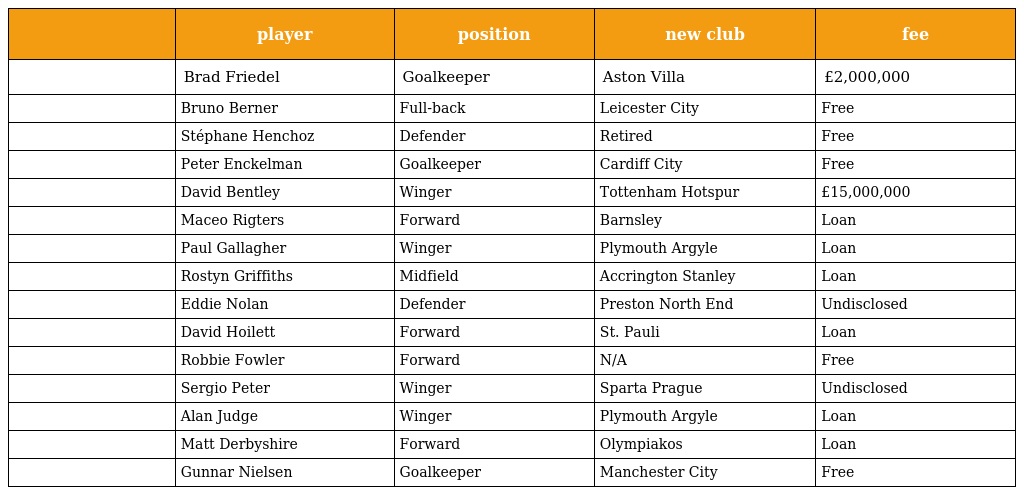
|  | player | position | new club | fee |
 | --- | --- | --- | --- | --- |
 |  | Brad Friedel | Goalkeeper | Aston Villa | £2,000,000 |
 |  | Bruno Berner | Full-back | Leicester City | Free |
 |  | Stéphane Henchoz | Defender | Retired | Free |
 |  | Peter Enckelman | Goalkeeper | Cardiff City | Free |
 |  | David Bentley | Winger | Tottenham Hotspur | £15,000,000 |
 |  | Maceo Rigters | Forward | Barnsley | Loan |
 |  | Paul Gallagher | Winger | Plymouth Argyle | Loan |
 |  | Rostyn Griffiths | Midfield | Accrington Stanley | Loan |
 |  | Eddie Nolan | Defender | Preston North End | Undisclosed |
 |  | David Hoilett | Forward | St. Pauli | Loan |
 |  | Robbie Fowler | Forward | N/A | Free |
 |  | Sergio Peter | Winger | Sparta Prague | Undisclosed |
 |  | Alan Judge | Winger | Plymouth Argyle | Loan |
 |  | Matt Derbyshire | Forward | Olympiakos | Loan |
 |  | Gunnar Nielsen | Goalkeeper | Manchester City | Free |